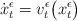
LaTeX: \begin{align*}\dot x^\epsilon_t = v^\epsilon_t\big(x^\epsilon_t\big)\end{align*}